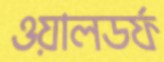
ওয়ালডর্ফ